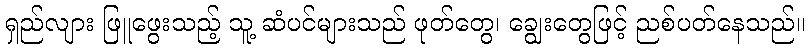
ရှည်လျား ဖြူဖွေးသည့် သူ့ ဆံပင်များသည် ဖုတ်တွေ၊ ချွေးတွေဖြင့် ညစ်ပတ်နေသည်။